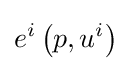
e^{i}\left(p,u^{i}\right)